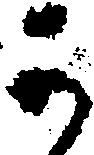
可